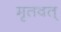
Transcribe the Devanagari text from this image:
मृतवत्‌